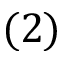
( 2 )